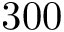
3 0 0